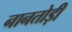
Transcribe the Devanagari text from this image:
नानतोड़ी